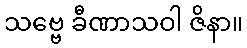
သဗ္ဗေ ခီဏာသဝါ ဇိနာ။